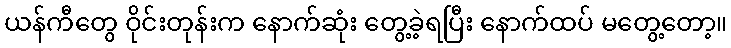
ယန်ကီတွေ ဝိုင်းတုန်းက နောက်ဆုံး တွေ့ခဲ့ရပြီး နောက်ထပ် မတွေ့တော့။